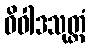
ဝိဝါဒသုတ္တံ